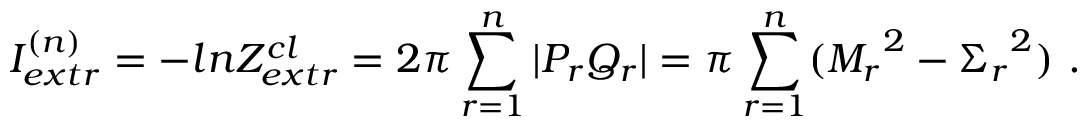
I _ { e x t r } ^ { ( n ) } = - l n Z _ { e x t r } ^ { c l } = 2 \pi \sum _ { r = 1 } ^ { n } | P _ { r } Q _ { r } | = \pi \sum _ { r = 1 } ^ { n } ( { M _ { r } } ^ { 2 } - { \Sigma _ { r } } ^ { 2 } ) \ .